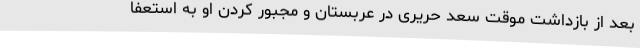
بعد از بازداشت موقت سعد حریری در عربستان و مجبور کردن او به استعفا